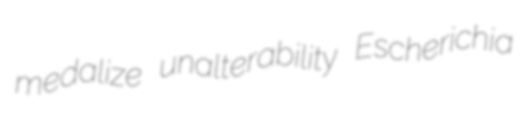
medalize unalterability Escherichia